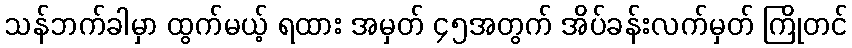
သန်ဘက်ခါမှာ ထွက်မယ့် ရထား အမှတ် ၄၅အတွက် အိပ်ခန်းလက်မှတ် ကြိုတင်